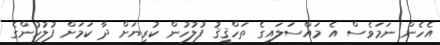
އެހެން ނަމަވެސް އެ މައްސަލައިގެ ތަހްޤީޤު ފުލުހުން ކުރިޔަށް ދާ ކަމަށް ފުލުހުންގެ